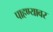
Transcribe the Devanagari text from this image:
पाहण्यावर